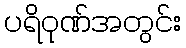
ပရိဝုဏ်အတွင်း